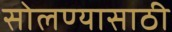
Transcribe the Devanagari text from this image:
सोलण्यासाठी